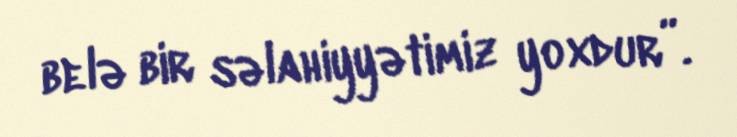
belə bir səlahiyyətimiz yoxdur”.